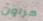
كراون